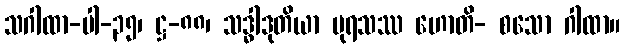
သဂါထာ-ပါ-၃၅၊ ဋ္ဌ-၈၈၊ သဒ္ဓါဒုတိယာ ပုရသဿ ဟောတိ- စသော ဂါထာ။